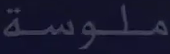
ملوسة